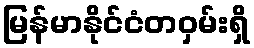
မြန်မာနိုင်ငံတဝှမ်းရှိ